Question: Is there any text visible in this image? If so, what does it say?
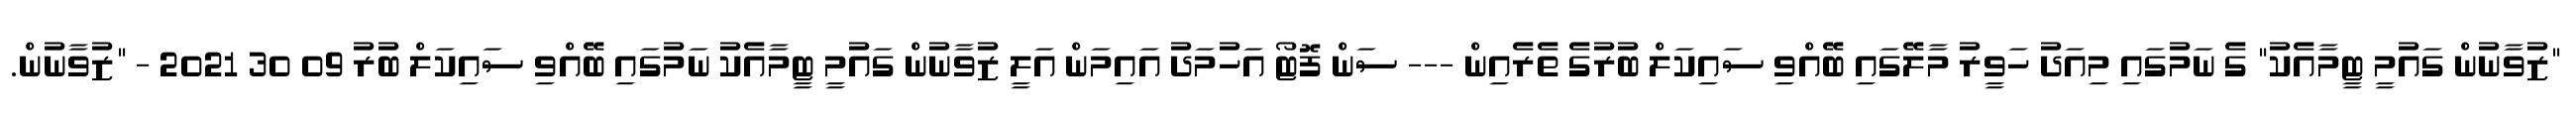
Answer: "ޒުވާނުން ގައުމީ ޓީމާއެކު" ގެ ނަމުގައި މިއަދު ހަވީރު މާލޭގައި ބޭއްވި ސައިކަލް ބުރުގެ ތެރެއިން --- ސަން ފޮޓޯ އަހުމަދު އައިމަން އަލީ ޒުވާނުން ގައުމީ ޓީމާއެކު ނަމުގައި ބޭއްވި ސައިކަލް ބުރު 09 30 2021 - "ޒުވާނުން.